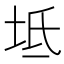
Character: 坻